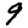
Digit: 9